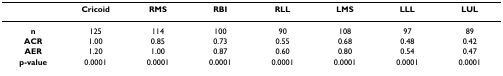
<table><thead><tr><td></td><td><b>Cricoid</b></td><td><b>RMS</b></td><td><b>RBI</b></td><td><b>RLL</b></td><td><b>LMS</b></td><td><b>LLL</b></td><td><b>LUL</b></td></tr></thead><tbody><tr><td><b>n</b></td><td>125</td><td>114</td><td>100</td><td>90</td><td>108</td><td>97</td><td>89</td></tr><tr><td><b>ACR</b></td><td>1.00</td><td>0.85</td><td>0.73</td><td>0.55</td><td>0.68</td><td>0.48</td><td>0.42</td></tr><tr><td><b>AER</b></td><td>1.20</td><td>1.00</td><td>0.87</td><td>0.60</td><td>0.80</td><td>0.54</td><td>0.47</td></tr><tr><td><b>p-value</b></td><td>0.0001</td><td>0.0001</td><td>0.0001</td><td>0.0001</td><td>0.0001</td><td>0.0001</td><td>0.0001</td></tr></tbody></table>